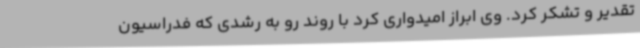
تقدیر و تشکر کرد. وی ابراز امیدواری کرد با روند رو به رشدی که فدراسیون